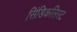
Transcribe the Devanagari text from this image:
सिंडिकलिस्ट